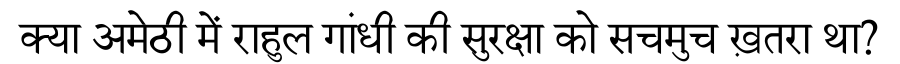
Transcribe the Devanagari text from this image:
क्या अमेठी में राहुल गांधी की सुरक्षा को सचमुच ख़तरा था?